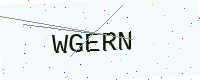
Text: WGERN